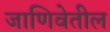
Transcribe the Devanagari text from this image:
जाणिवेतील